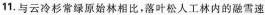
11.与云冷杉常绿原始林相比，落叶松人工林内的雪速